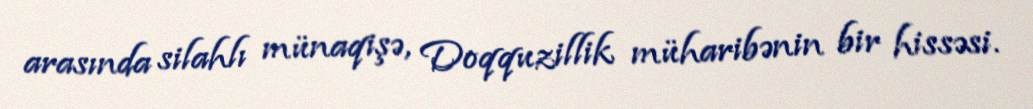
arasında silahlı münaqişə, Doqquzillik müharibənin bir hissəsi.